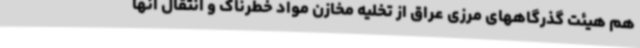
هم هیئت گذرگاههای مرزی عراق از تخلیه مخازن مواد خطرناک و انتقال آنها